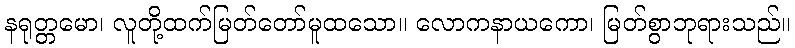
နရုတ္တမော၊ လူတို့ထက်မြတ်တော်မူထသော။ လောကနာယကော၊ မြတ်စွာဘုရားသည်။